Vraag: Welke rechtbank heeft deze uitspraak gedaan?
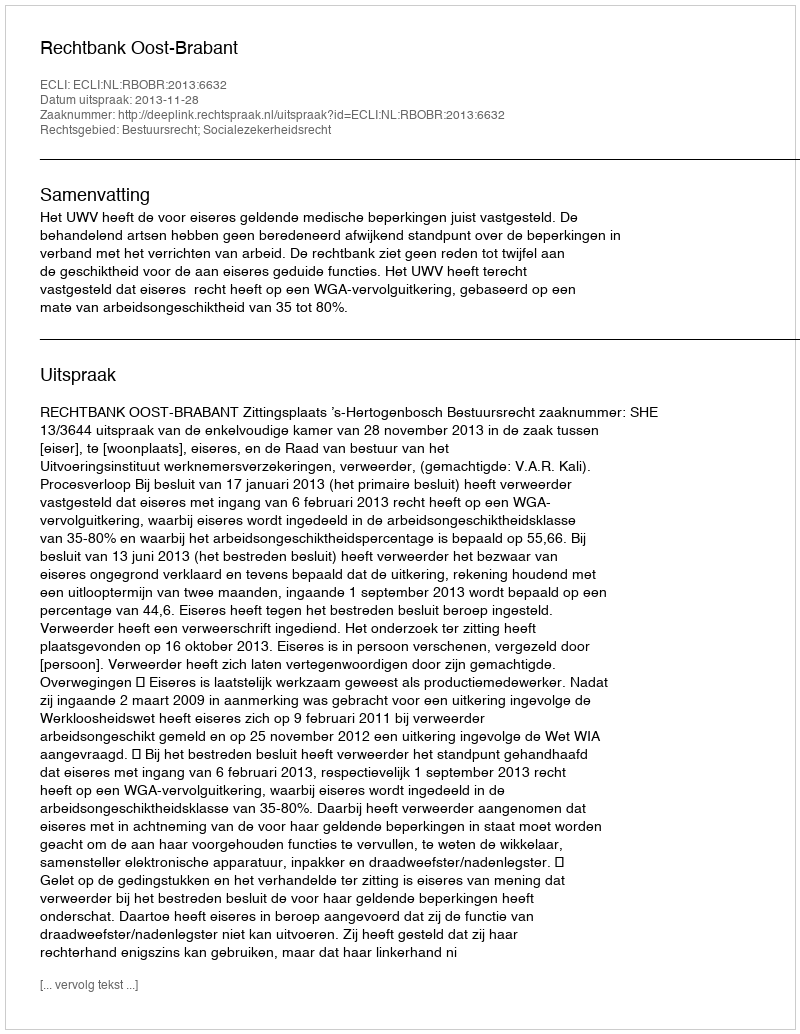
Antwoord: Rechtbank Oost-Brabant